Subject: econ
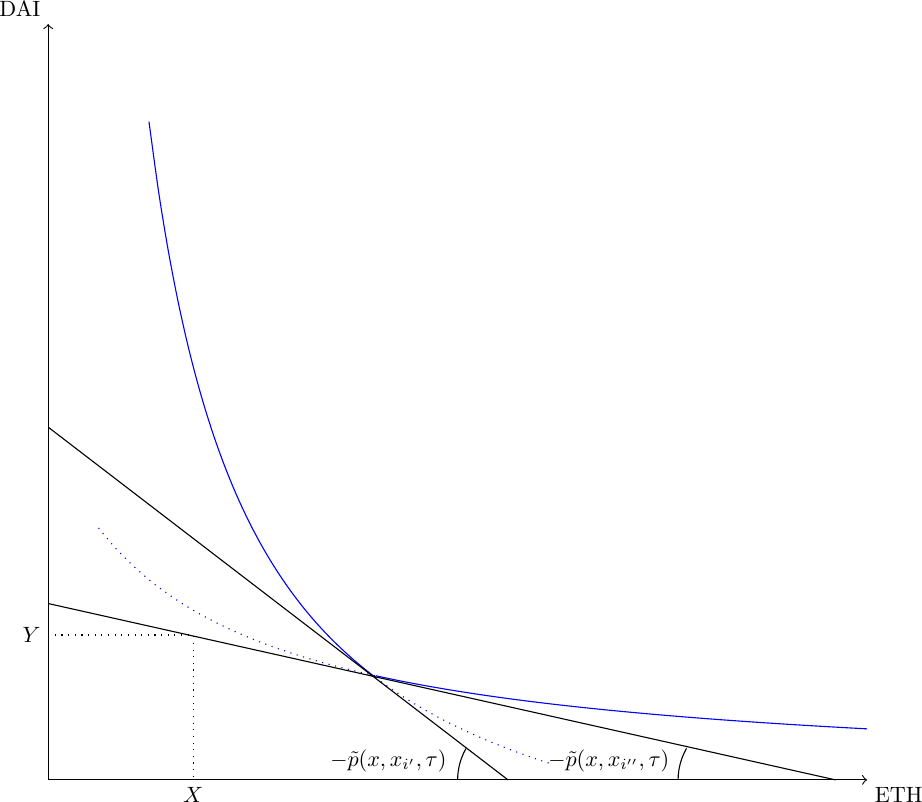
LaTeX code:
    \begin{tikzpicture}[scale=1.6, every node/.style={scale=.8}]
   \def\t{.5}; %fee
   \def\QUSD{1.15}; %initial DAI pool
   \def\QE{1.15}; % initial ETH pool

    \draw[->] (0,0) -- (6.5,0) node[below right] {ETH};
    \draw[->] (0,0) -- (0,6) node[above left] {DAI};

 \draw[dotted] (0,\QUSD)node[left]{$Y$} -- (\QE,\QUSD) -- (\QE,0) node[below]{$X$};

      \draw[domain=.8:2.6,smooth,variable=\x, blue] plot ({\x},{5.1/\x-(\t/(1-\t))*\QUSD}) ;
              \draw[dotted,domain=2.6:4,smooth,variable=\x, blue] plot ({\x},{5.1/\x-(\t/(1-\t))*\QUSD}) ;

     \draw[domain=2.6:6.5,smooth,variable=\x, blue] plot ({\x},{(3.1/(\x+\QE*(\t/(1-\t)))}) ;
   \draw[dotted,domain=0.4:2.6,smooth,variable=\x, blue] plot ({\x},{(3.1/(\x+\QE*(\t/(1-\t)))}) ;

 \draw (0,1.4) --(6.25,0);

\draw(5,0) arc[start angle=0, end angle=-30, radius=-.5];
    \node at (4.45,0.15) {$-\tilde p(  x, x_{i''},\tau)$};

 \draw (0,2.8) --(3.65,0);

\draw(3.25,0) arc[start angle=0, end angle=-30, radius=-.5];
    \node at (2.7,0.15) {$-\tilde p(  x, x_{i'},\tau)$};

\end{tikzpicture}